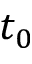
t _ { 0 }